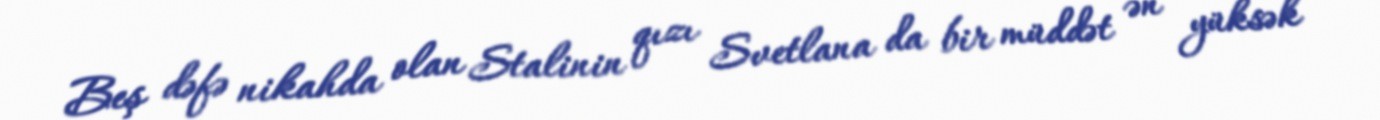
Beş dəfə nikahda olan Stalinin qızı Svetlana da bir müddət ən yüksək